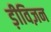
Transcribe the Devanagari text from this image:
ड़ीविज़न